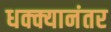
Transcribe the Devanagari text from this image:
धक्क्यानंतर